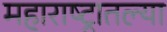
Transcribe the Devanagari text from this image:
महाराष्‍ट्रातल्या